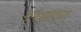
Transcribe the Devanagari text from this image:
उपेक्षाकृत